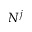
N ^ { j }